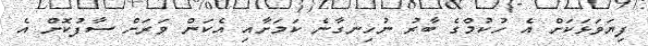
ފިޔަވަޅަކަށް އެ ހުކުމްގެ ބާރު ނުހިނގާނެ ކަމަށާއި އެކަން ވަރަށް ސާފުކޮށް އެ